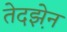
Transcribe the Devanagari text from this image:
तेदझ़ेन